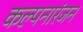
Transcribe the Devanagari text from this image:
कल्पनारंजन